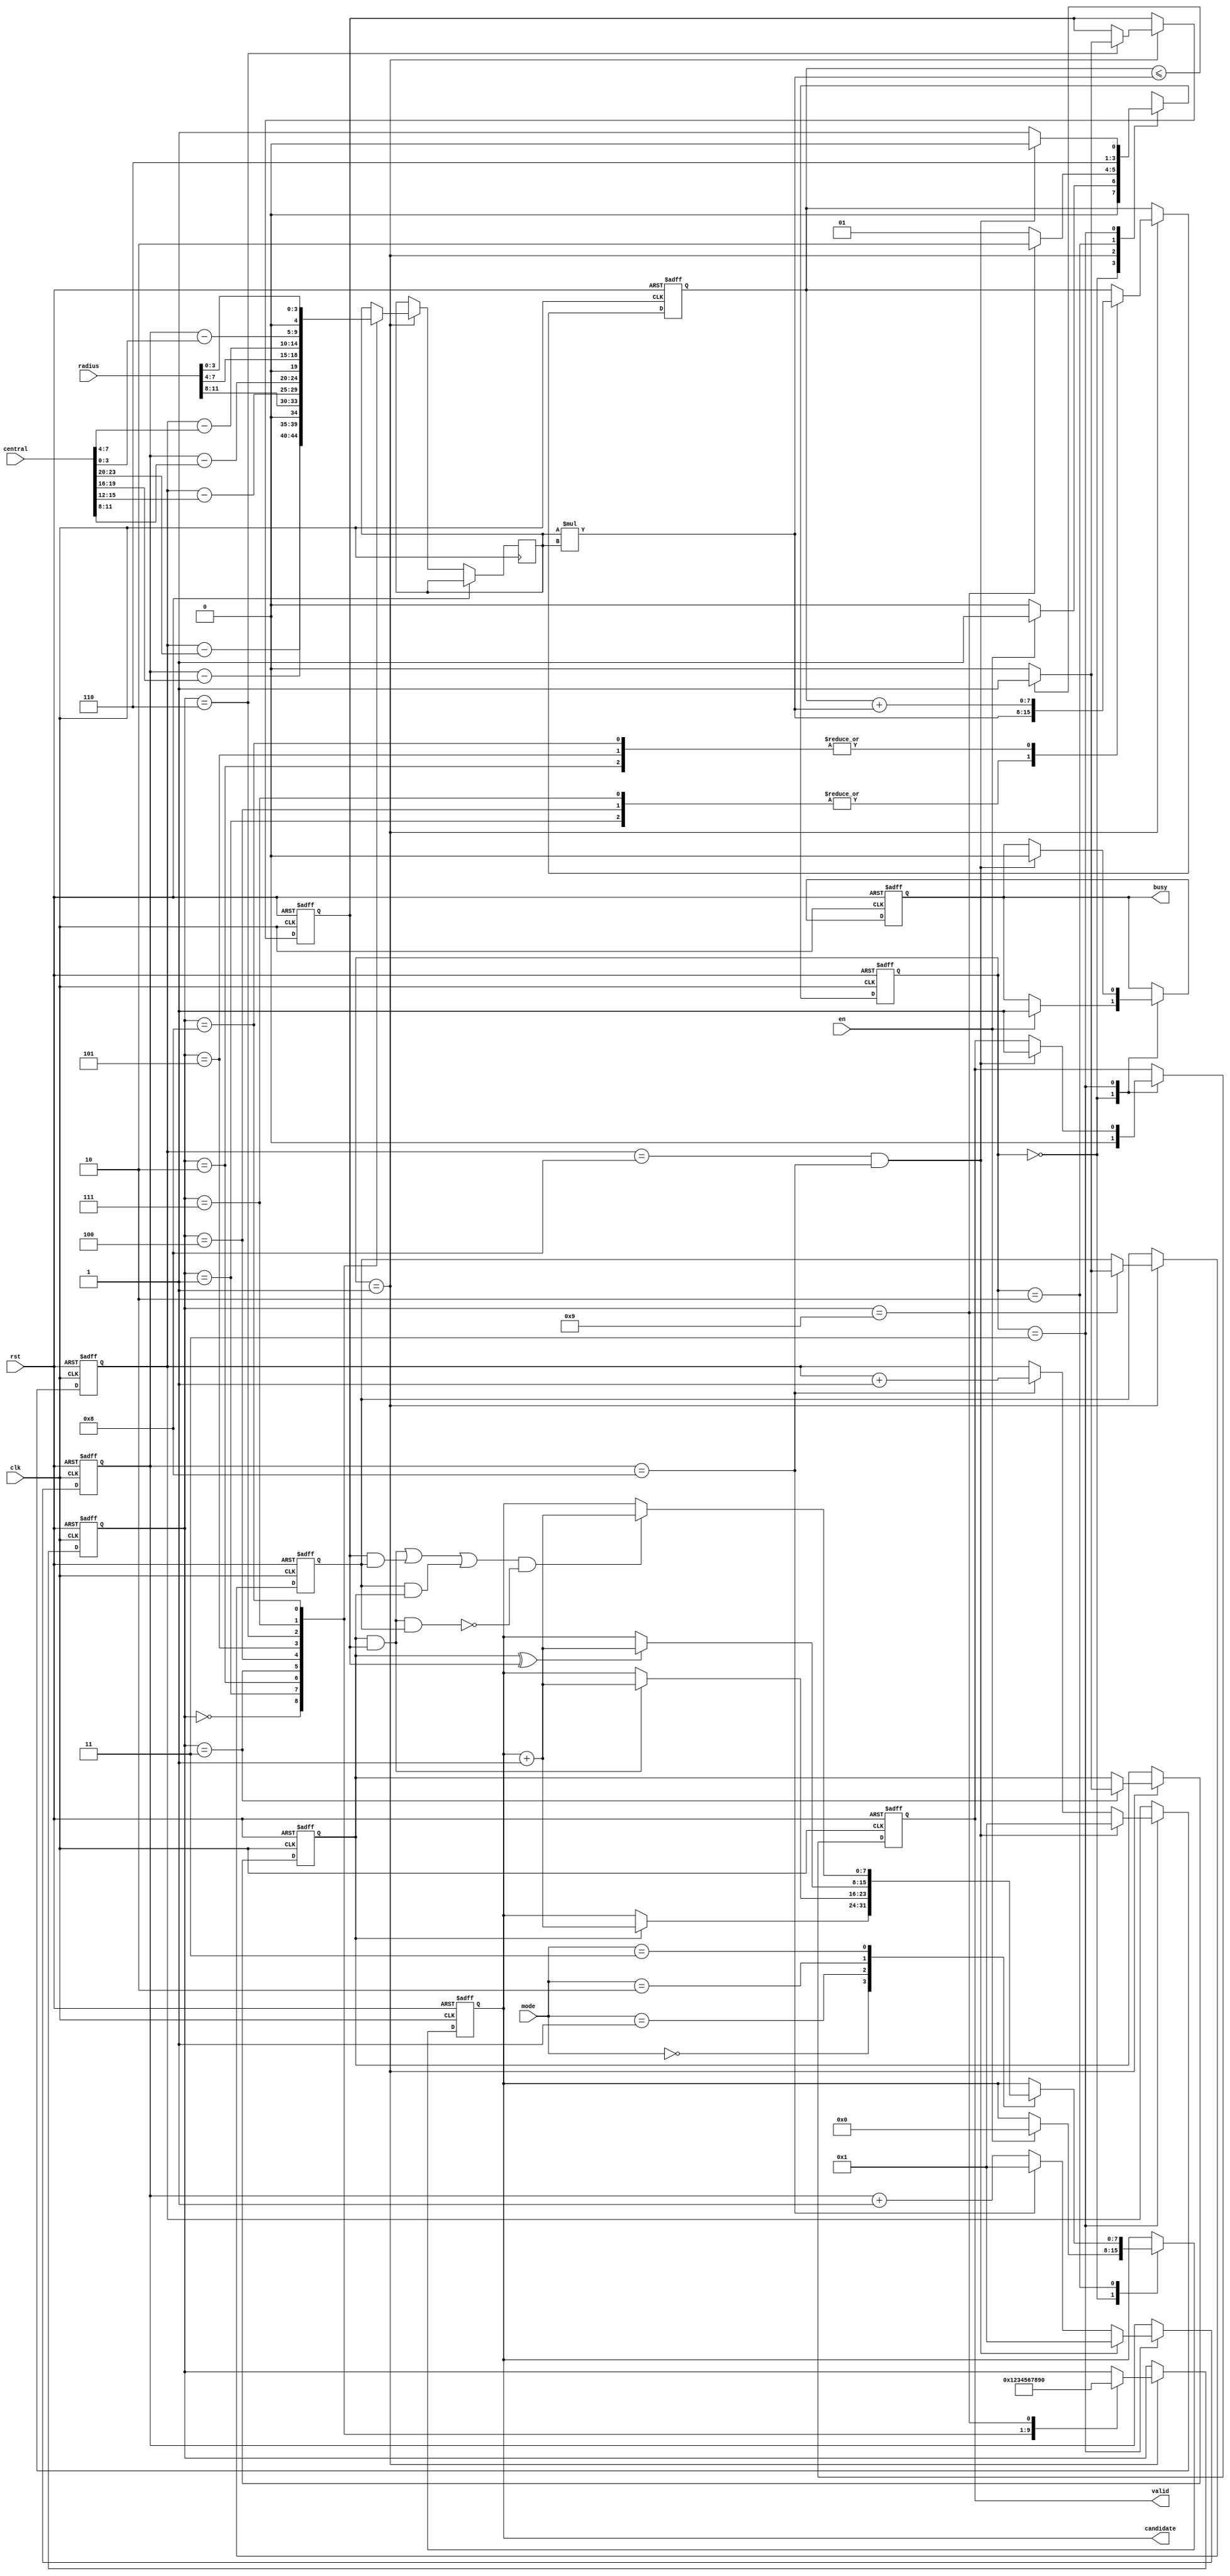

module SET ( clk , rst, en, central, radius, mode, busy, valid, candidate );

input clk, rst;
input en;
input [23:0] central;
input [11:0] radius;
input [1:0] mode;
output reg busy;
output reg valid;
output reg [7:0] candidate;


reg [1:0] state,NextState;
reg [3:0] i,j;
reg is_inA,is_inB,is_inC;
reg signed [4:0] temp1;
reg [3:0] counter;
reg [7:0] result;
wire [7:0] mul;


assign mul = temp1 * temp1;


parameter Load = 0;
parameter Determine = 1;
parameter Decoder = 2;
parameter Finish = 3;


always@(posedge clk or posedge rst)
begin
    if(rst)
    begin
       is_inA <= 0;
       is_inB <= 0;
       is_inC <= 0;
       i <= 1;
       j <= 1;
       busy <= 0;
       counter <= 0;
       result <= 0;
       candidate <= 0;
       valid <= 0;
       state <= Load;
    end
    else
    begin
       state <= NextState;
       case(state)
       Load:begin
              if(en)
              begin
                 candidate <=0;
                 busy <= 1;
              end
              valid <= 0;
            end
       Determine:begin
                    case(counter)
                    0:begin
                         temp1 <= (i - central[23:20]);
                         counter <= 1;
                      end

                    1:begin
                         result <= mul;
                         temp1 <= (j - central[19:16]);
                         counter <= 2;      
                      end

                    2:begin
                         result <= result + mul;
                         temp1 <= radius[11:8];
                         counter <= 3;   
                      end

                    3:begin
                         if(result <= mul)
                         begin 
                            is_inA <= 1;
                         end
                         else
                         begin
                            is_inA <= 0;
                         end
                         temp1 <= (i - central[15:12]);
                         counter <= 4; 
                      end

                    4:begin
                         result <= mul;
                         temp1 <= (j - central[11:8]);
                         counter <= 5; 
                      end

                    5:begin
                         result <= result + mul;
                         temp1 <= radius[7:4];
                         counter <= 6; 
                      end

                    6:begin
                         if(result <= mul)
                         begin 
                            is_inB <= 1;
                         end
                         else
                         begin
                            is_inB <= 0;
                         end
                         temp1 <= (i - central[7:4]);
                         counter <= 7; 
                      end

                    7:begin
                         result <= mul;
                         temp1 <= (j - central[3:0]);
                         counter <= 8; 
                      end

                    8:begin
                         result <= result + mul;
                         temp1 <= radius[3:0];
                         counter <= 9; 
                      end

                    9:begin
                         if(result <= mul)
                         begin 
                            is_inC <= 1;
                         end
                         else
                         begin
                            is_inC <= 0;
                         end
                         counter <= 0;
                      end
                    endcase
                 end

       Decoder:begin
                  case(mode)
                  0:begin
                       if(is_inA)
                       begin
                          candidate <= candidate + 1;
                       end
                    end

                  1:begin
                       if(is_inA && is_inB)
                       begin
                          candidate <= candidate + 1;
                       end
                    end

                  2:begin
                       if(is_inA ^ is_inB)
                       begin
                          candidate <= candidate + 1;
                       end
                    end

                  3:begin
                       if(((is_inA && is_inB) || (is_inB && is_inC) || (is_inC && is_inA)) && !(is_inA && is_inB && is_inC) )
                       begin
                          candidate <= candidate + 1;
                       end                    
                    end
                  endcase
               end

      Finish: begin
                 if(i == 8 && j == 8)
                 begin
                    i <= 1;
                    j <= 1;
                    valid <= 1;
                    busy <= 0;
                 end
                 else if(j == 8)
                 begin
                    i <= i + 1;
                    j <= 1;
                 end
                 else
                 begin
                    j <= j+1;
                 end

              end
      
       endcase
    end
end


always@(*)
begin
   case(state)
   Load:begin
           if(en)
              NextState = Determine;
           else
              NextState = Load;
        end
  Determine:begin
               if(counter == 9)
                 NextState = Decoder;
               else
                 NextState = Determine;
            end

  Decoder:begin
             NextState = Finish;
          end

  Finish:begin
            if(i == 8 && j == 8)
               NextState = Load;
            else
               NextState = Determine;
         end

  default:begin
               NextState = Finish;
          end
   endcase
end



endmodule